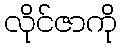
လိုင်ဇာကို